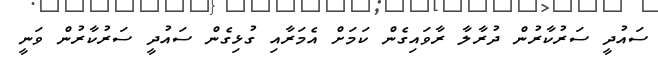
ސައުދީ ސަރުކާރުން ދުރާލާ ރާވައިގެން ކަމަށް އެމަރާއި ގުޅިގެން ސައުދީ ސަރުކާރުން ވަނީ